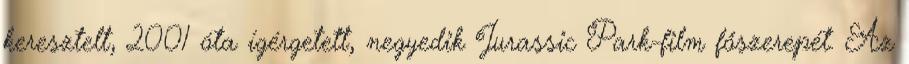
keresztelt, 2001 óta ígérgetett, negyedik Jurassic Park-film főszerepét. Az